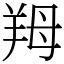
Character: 䍭